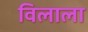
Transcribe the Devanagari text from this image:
विलाला